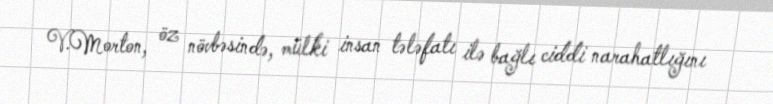
V.Morton, öz növbəsində, mülki insan tələfatı ilə bağlı ciddi narahatlığını